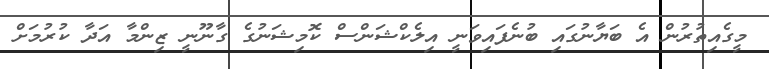
މީގެއިތުރުން އެ ބަޔާނުގައި ބުނެފައިވަނީ އިލެކްޝަންސް ކޮމިޝަނުގެ ގާނޫނީ ޒިންމާ އަދާ ކުރުމަށް